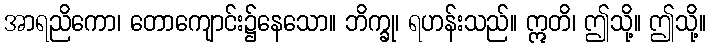
အာရညိကော၊ တောကျောင်း၌နေသော။ ဘိက္ခု၊ ရဟန်းသည်။ ဣတိ၊ ဤသို့။ ဤသို့။